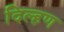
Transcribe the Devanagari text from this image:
दिल्हण